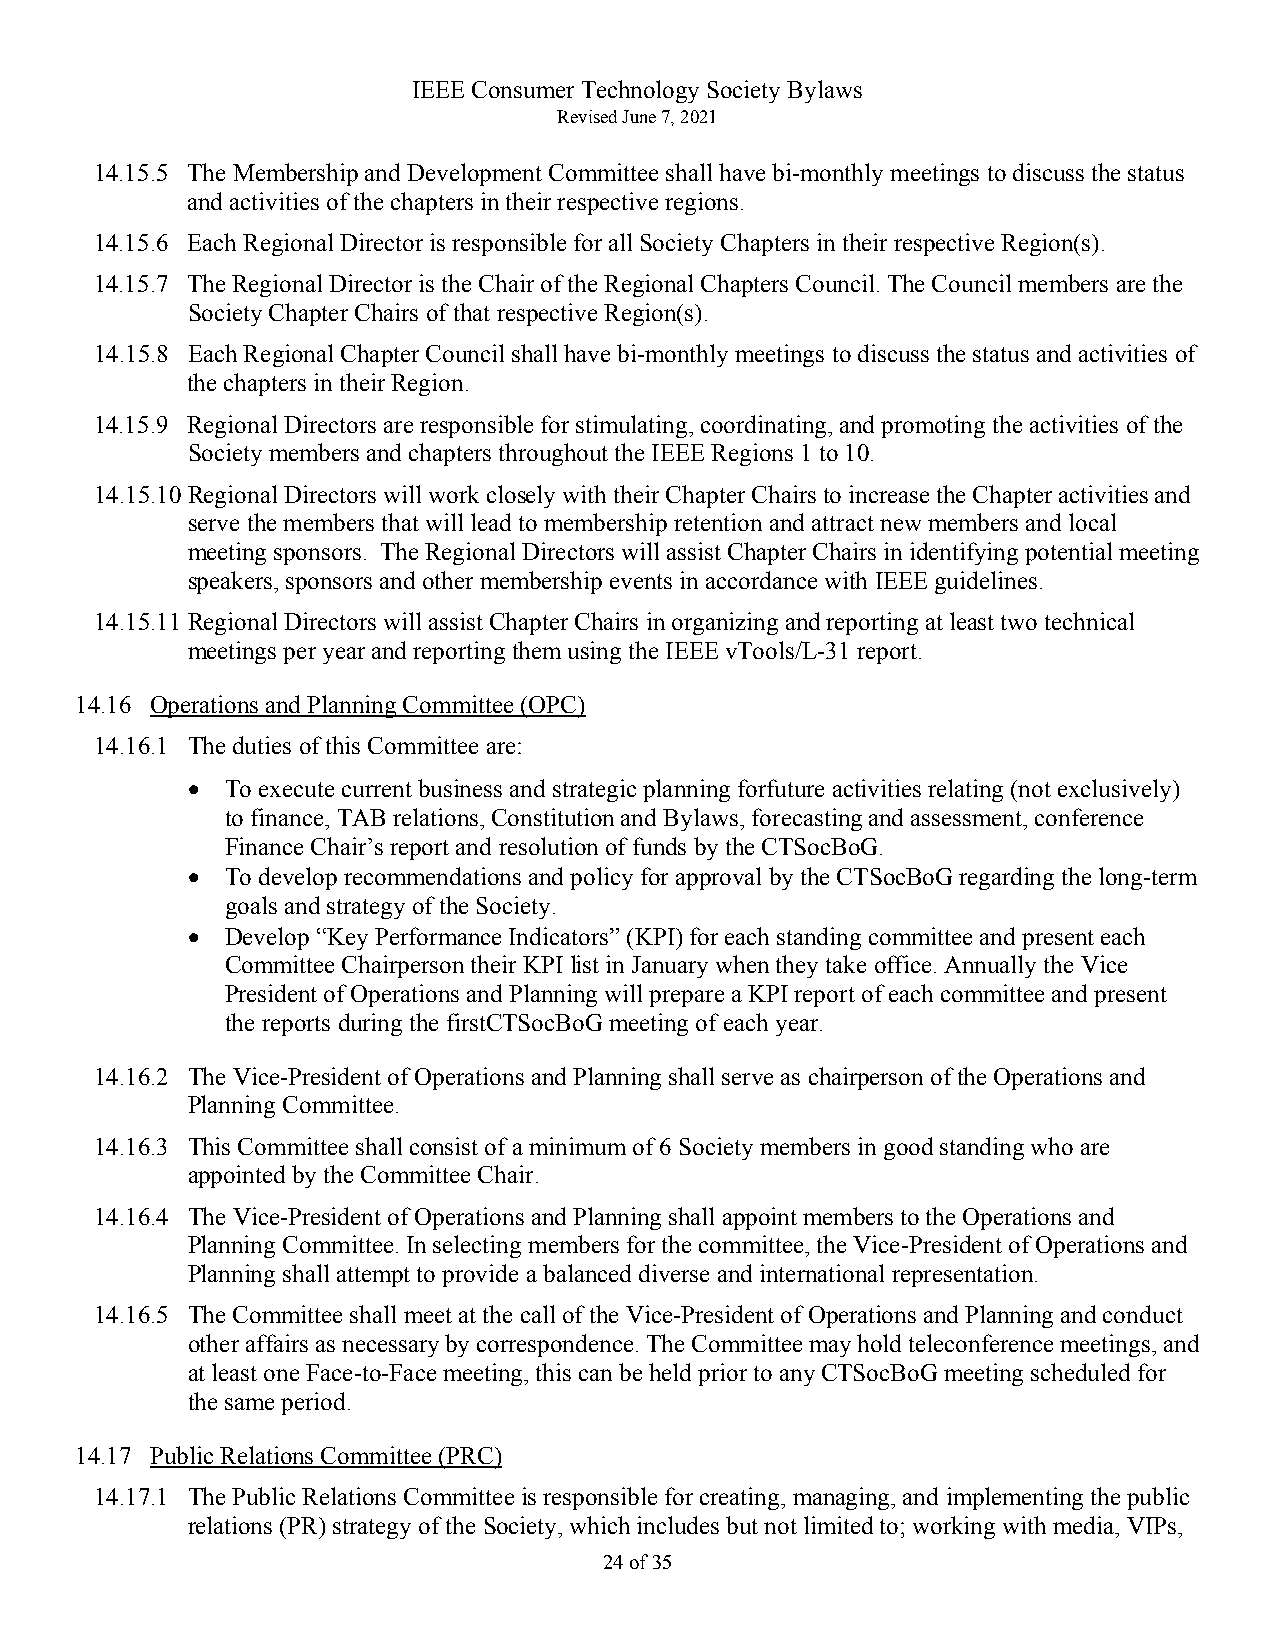
IEEE Consumer Technology Society Bylaws
 Revised June 7, 2021
 14.15.5 The Membership and Development Committee shall have bi-monthly meetings to discuss the status
 and activities of the chapters in their respective regions.
 14.15.6 Each Regional Director is responsible for all Society Chapters in their respective Region(s).
 14.15.7 The Regional Director is the Chair of the Regional Chapters Council. The Council members are the
 Society Chapter Chairs of that respective Region(s).
 14.15.8 Each Regional Chapter Council shall have bi-monthly meetings to discuss the status and activities of
 the chapters in their Region.
 14.15.9 Regional Directors are responsible for stimulating, coordinating, and promoting the activities of the
 Society members and chapters throughout the IEEE Regions 1 to 10.
 14.15.10 Regional Directors will work closely with their Chapter Chairs to increase the Chapter activities and
 serve the members that will lead to membership retention and attract new members and local
 meeting sponsors. The Regional Directors will assist Chapter Chairs in identifying potential meeting
 speakers, sponsors and other membership events in accordance with IEEE guidelines.
 14.15.11 Regional Directors will assist Chapter Chairs in organizing and reporting at least two technical
 meetings per year and reporting them using the IEEE vTools/L-31 report.
 14.16 Operations and Planning Committee (OPC)
 14.16.1 The duties of this Committee are:
 •  To execute current business and strategic planning forfuture activities relating (not exclusively)
 to finance, TAB relations, Constitution and Bylaws, forecasting and assessment, conference
 Finance Chair’s report and resolution of funds by the CTSocBoG.
 •  To develop recommendations and policy for approval by the CTSocBoG regarding the long-term
 goals and strategy of the Society.
 •  Develop “Key Performance Indicators” (KPI) for each standing committee and present each
 Committee Chairperson their KPI list in January when they take office. Annually the Vice
 President of Operations and Planning will prepare a KPI report of each committee and present
 the reports during the firstCTSocBoG meeting of each year.
 14.16.2 The Vice-President of Operations and Planning shall serve as chairperson of the Operations and
 Planning Committee.
 14.16.3 This Committee shall consist of a minimum of 6 Society members in good standing who are
 appointed by the Committee Chair.
 14.16.4 The Vice-President of Operations and Planning shall appoint members to the Operations and
 Planning Committee. In selecting members for the committee, the Vice-President of Operations and
 Planning shall attempt to provide a balanced diverse and international representation.
 14.16.5 The Committee shall meet at the call of the Vice-President of Operations and Planning and conduct
 other affairs as necessary by correspondence. The Committee may hold teleconference meetings, and
 at least one Face-to-Face meeting, this can be held prior to any CTSocBoG meeting scheduled for
 the same period.
 14.17 Public Relations Committee (PRC)
 14.17.1 The Public Relations Committee is responsible for creating, managing, and implementing the public
 relations (PR) strategy of the Society, which includes but not limited to; working with media, VIPs,
 24 of 35